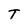
Character: T